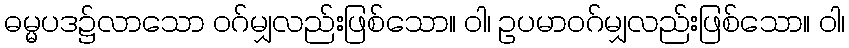
ဓမ္မပဒ၌လာသော ဝဂ်မျှလည်းဖြစ်သော။ ဝါ၊ ဥပမာဝဂ်မျှလည်းဖြစ်သော။ ဝါ၊